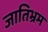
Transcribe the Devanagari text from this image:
जातिभ्रम